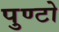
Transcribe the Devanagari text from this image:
पुण्टो